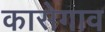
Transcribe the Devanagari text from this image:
कासेगाव